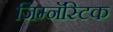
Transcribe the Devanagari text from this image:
जिम्नॅस्टिक